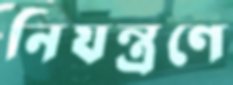
নিযন্ত্রণে